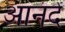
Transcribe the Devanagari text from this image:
आनंदें